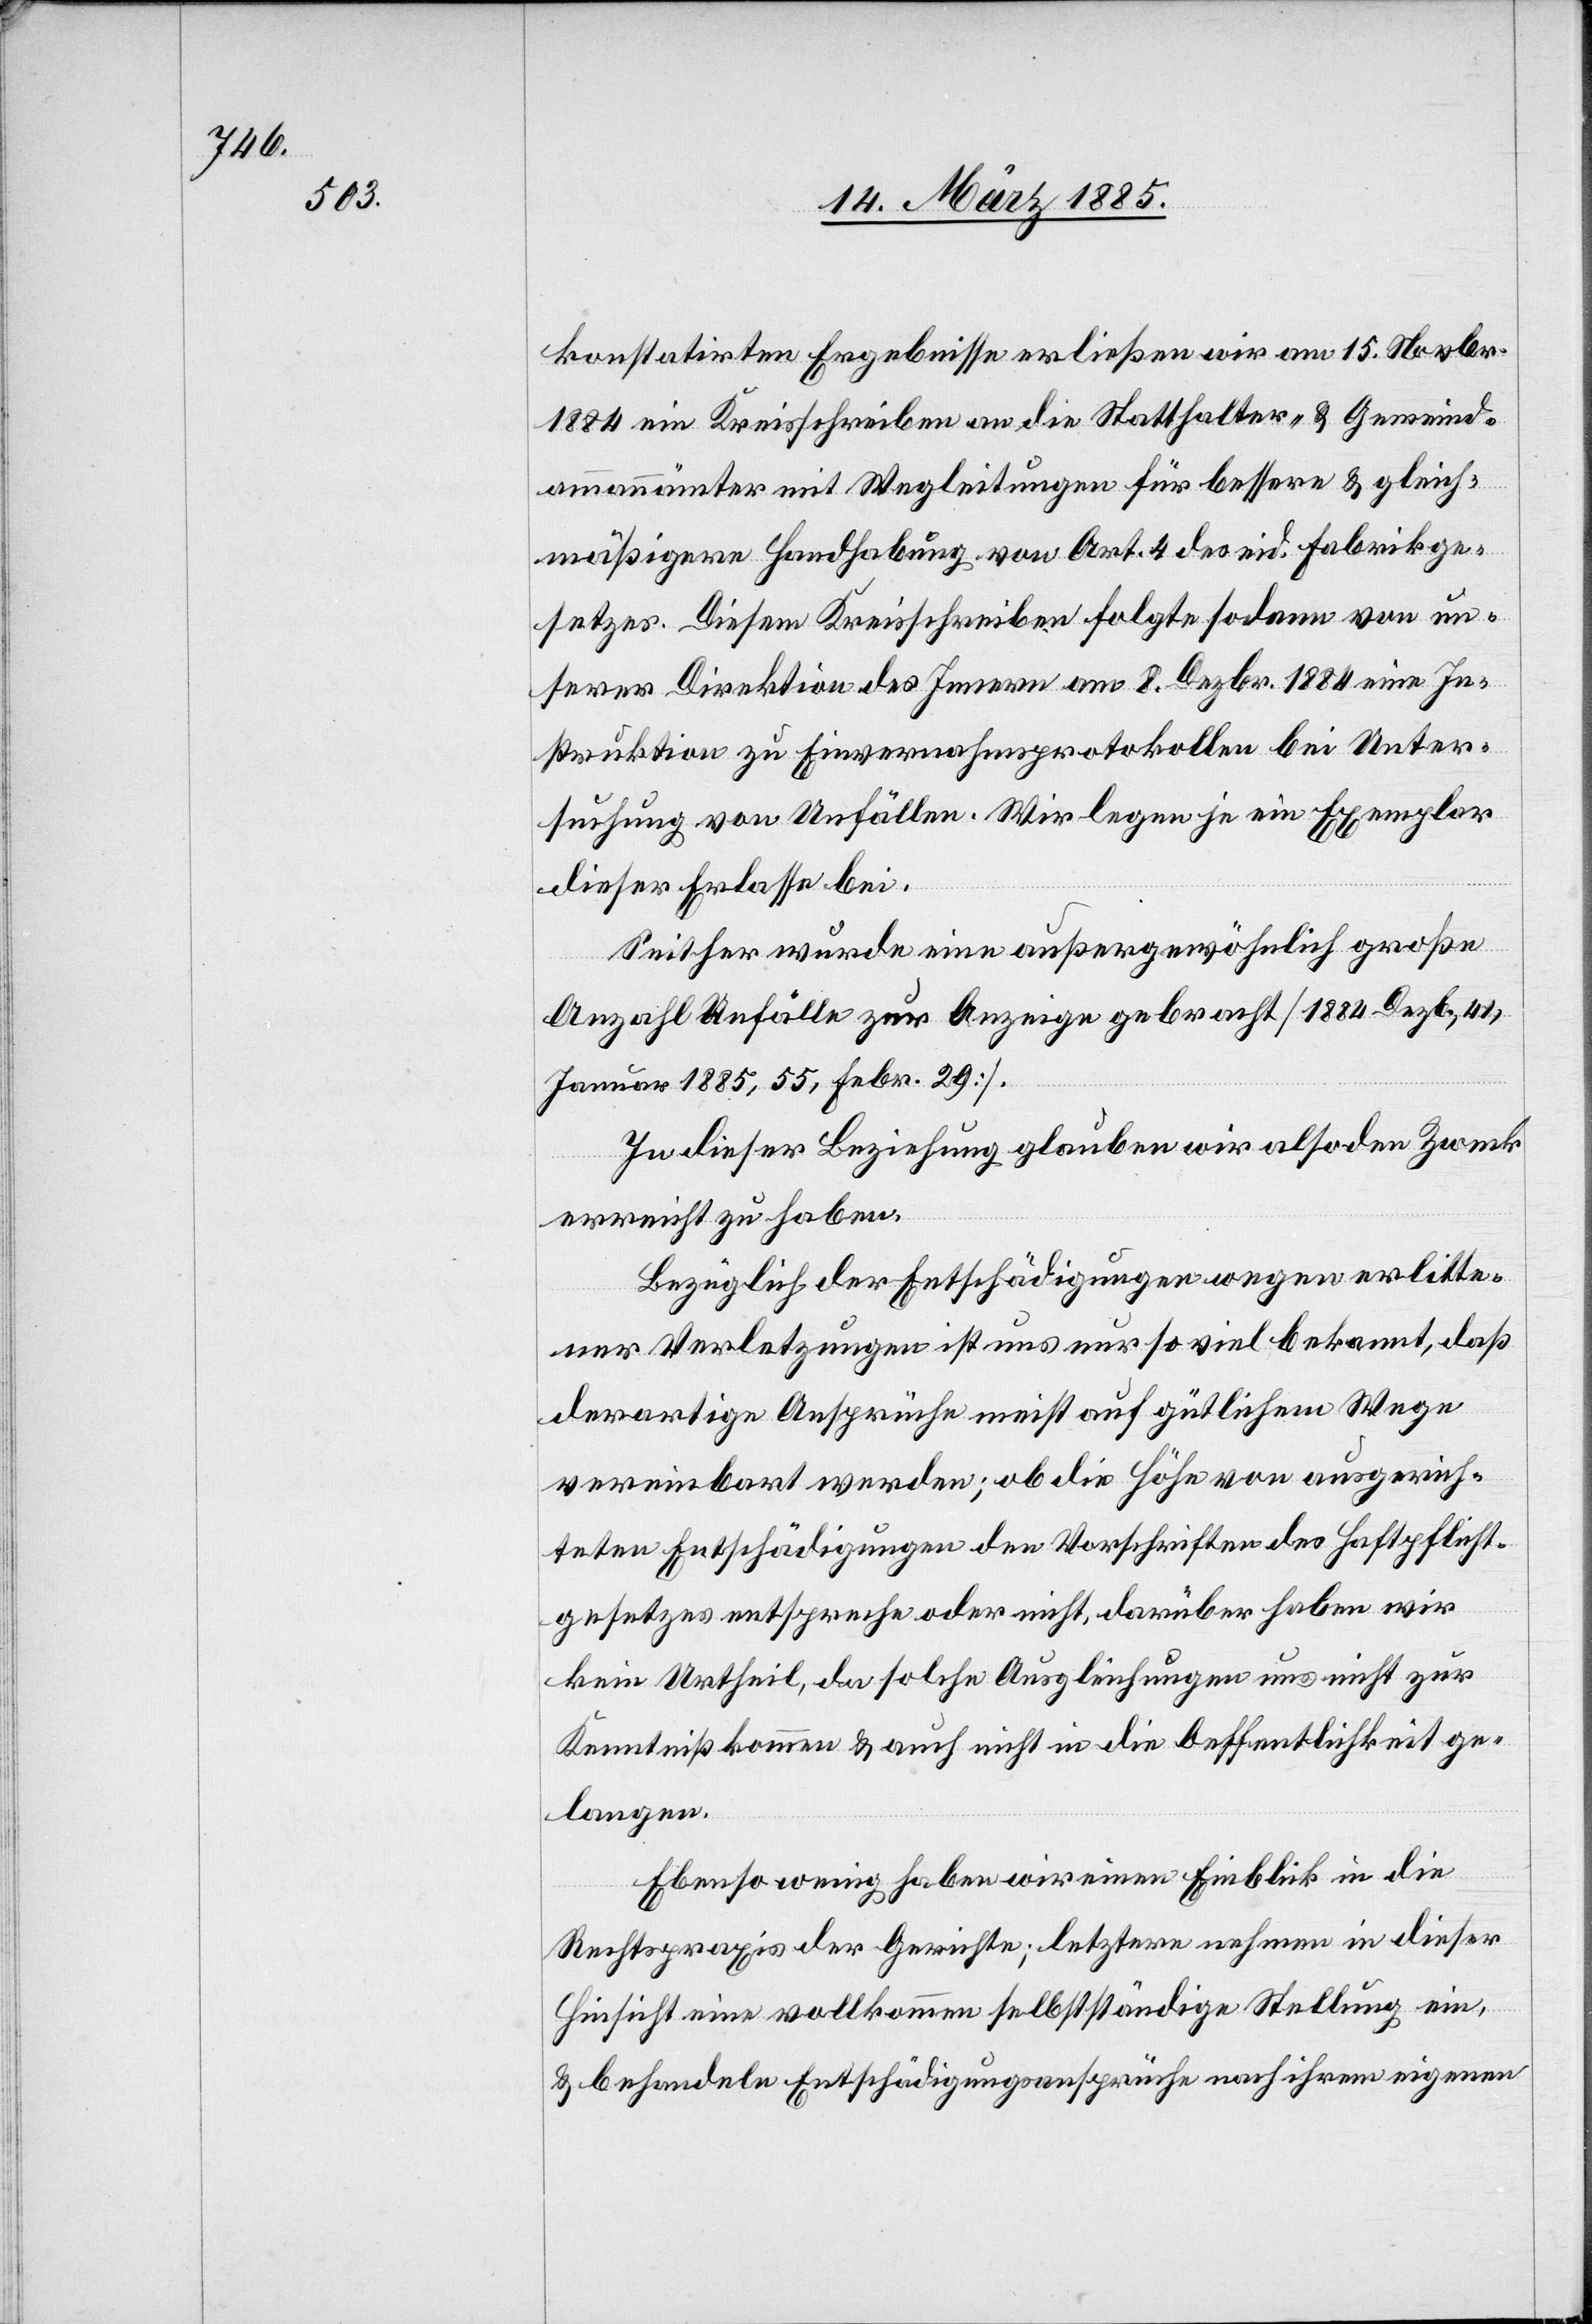
konstatirten Ergebnisse erließen wir am 15. Novbr.
1884 ein Kreisschreiben an die Statthalter- & Gemeinde¬
ammannämter mit Wegleitung für bessere & gleich¬
mäßigere Handhabung von Art. 4 des eid. Fabrikge¬
setzes. Diesem Kreisschreiben folgte sodann von un¬
serer Direktion des Innern am 8. Dezbr. 1884 eine In¬
struktion zu Einvernahmsprotokollen bei Unter¬
suchung von Unfällen. Wir legen je ein Exemplar
dieser Erlasse bei.
Seither wurde eine außergewöhnlich große
Anzahl Unfälle zur Anzeige gebracht [1884 Dezb., 41,
Januar 1885, 55, Febr. 29].
In dieser Beziehung glauben wir also den Zweck
erreicht zu haben.
Bezüglich der Entschädigungen wegen erlitte¬
ner Verletzungen ist uns nur so viel bekannt, daß
derartige Ansprüche meist auf gütlichem Wege
vereinbart werden; ob die Höhe von ausgerech¬
neten Entschädigungen den Vorschriften des Haftpflicht¬
gesetzes entsprechen oder nicht, darüber haben wir
kein Urtheil, da solche Ausgleichungen uns nicht zur
Kenntniß kommen & auch nicht in die Oeffentlichkeit ge¬
langen.
Ebenso wenig haben wir einen Einblick in die
Rechtspraxis der Gerichte; letztere nehmen in dieser
Hinsicht eine vollkommen selbstständige Stellung ein,
& behandeln Entschädigungsansprüche nach ihrem eigenen